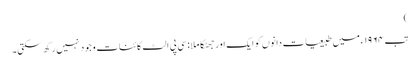
)
تب ١٩٦٤ء میں طبیعیات دانوں کو ایک اور جھٹکا ملا : سی پی الٹ کائنات وجود نہیں رکھ سکتی۔